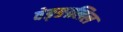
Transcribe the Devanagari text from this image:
वेङ्ङालिल